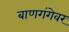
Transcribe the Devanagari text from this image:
बाणगंगेवर